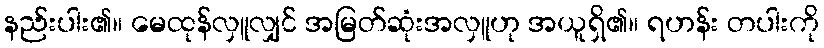
နည်းပါး၏။ မေထုန်လှူလျှင် အမြတ်ဆုံးအလှူဟု အယူရှိ၏။ ရဟန်း တပါးကို